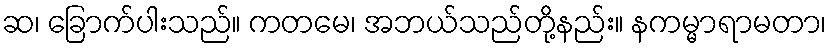
ဆ၊ ခြောက်ပါးသည်။ ကတမေ၊ အဘယ်သည်တို့နည်း။ နကမ္မာရာမတာ၊